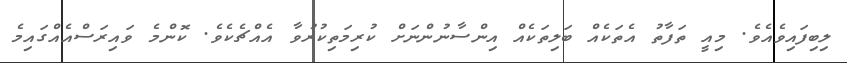
ލިބިފައިވެއެވެ. މިއީ ތަފާތު އެތަކެއް ބަލިތަކެއް އިންސާނުންނަށް ކުރިމަތިކުރުވާ އެއްޗެކެވެ. ކޮންމެ ވައިރަސްއެއްގައިމެ